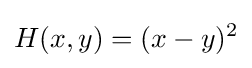
H(x,y)=(x-y)^{2}